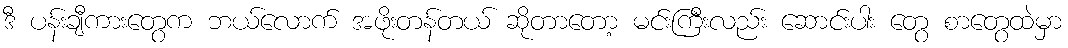
ဒီ ပန်းချီကားတွေက ဘယ်လောက် အဖိုးတန်တယ် ဆိုတာတော့ မင်းကြီးလည်း ဆောင်းပါး တွေ စာတွေထဲမှာ